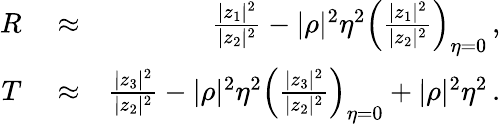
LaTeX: \begin{array}{rlr}{R}&{{}\approx}&{\frac{|z_{1}|^{2}}{|z_{2}|^{2}}-|\rho|^{2}\eta^{2}\left(\frac{|z_{1}|^{2}}{|z_{2}|^{2}}\right)_{\eta=0}\, ,}\\ {T}&{{}\approx}&{\frac{|z_{3}|^{2}}{|z_{2}|^{2}}-|\rho|^{2}\eta^{2}\left(\frac{|z_{3}|^{2}}{|z_{2}|^{2}}\right)_{\eta=0}+|\rho|^{2}\eta^{2}\, .}\end{array}